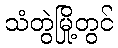
သံတွဲမြို့တွင်